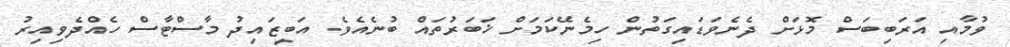
ވުމާއި އަރަބިބަސް މޮޅަށް ދެނެވަޑައިގަތުން ހިމެނޭކަމަށް ޚަބަރުތައް ބުނެއެވެ. އަބީޒައިދު މާސްޓާސް ހެއްދެވިއިރު